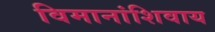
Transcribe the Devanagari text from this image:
विमानांशिवाय